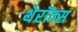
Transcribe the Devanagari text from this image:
थेरॉक्स